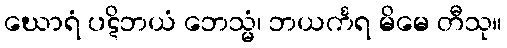
ဃောရံ ပဋိဘယံ ဘေသ္မံ၊ ဘယင်္ကရ မိမေ တီသု။